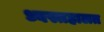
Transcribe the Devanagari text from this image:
ध्वस्तहालत